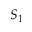
S _ { 1 }